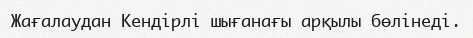
Жағалаудан Кендірлі шығанағы арқылы бөлінеді.